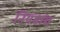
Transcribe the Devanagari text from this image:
नियमांचं